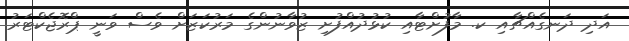
އަދި ދަނގެއްޗާއި ކ. މާފުށްޓާއި ކުޅުދުއްފުށި ޒުވާނުންގެ މަރުކަޒަށް ވެސް ވަނީ ޕްރޮޖެކްޓަރު